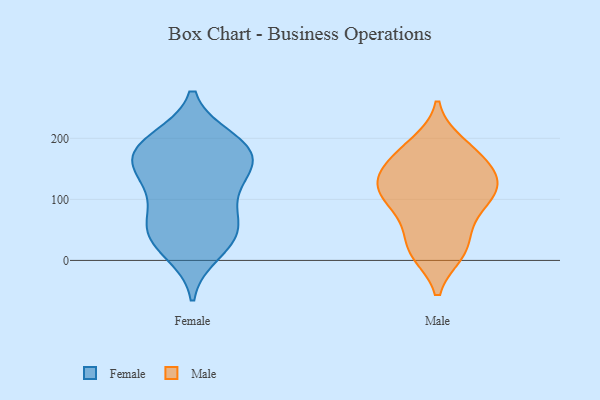
{"axis": {"x": "Budget (USD K)", "y": "Value"}, "legend": ["Female", "Male"], "data": [{"x": "", "y": 112, "type": "Female"}, {"x": "", "y": 175, "type": "Female"}, {"x": "", "y": 85, "type": "Female"}, {"x": "", "y": 51, "type": "Female"}, {"x": "", "y": 179, "type": "Female"}, {"x": "", "y": 34, "type": "Female"}, {"x": "", "y": 153, "type": "Female"}, {"x": "", "y": 41, "type": "Female"}, {"x": "", "y": 147, "type": "Female"}, {"x": "", "y": 14, "type": "Female"}, {"x": "", "y": 138, "type": "Female"}, {"x": "", "y": 58, "type": "Female"}, {"x": "", "y": 181, "type": "Female"}, {"x": "", "y": 197, "type": "Female"}, {"x": "", "y": 193, "type": "Female"}, {"x": "", "y": 42, "type": "Male"}, {"x": "", "y": 166, "type": "Male"}, {"x": "", "y": 124, "type": "Male"}, {"x": "", "y": 123, "type": "Male"}, {"x": "", "y": 106, "type": "Male"}, {"x": "", "y": 13, "type": "Male"}, {"x": "", "y": 14, "type": "Male"}, {"x": "", "y": 78, "type": "Male"}, {"x": "", "y": 17, "type": "Male"}, {"x": "", "y": 139, "type": "Male"}, {"x": "", "y": 191, "type": "Male"}, {"x": "", "y": 104, "type": "Male"}, {"x": "", "y": 120, "type": "Male"}, {"x": "", "y": 165, "type": "Male"}, {"x": "", "y": 185, "type": "Male"}, {"x": "", "y": 141, "type": "Male"}, {"x": "", "y": 82, "type": "Male"}]}